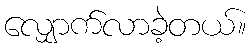
လျှောက်လာခဲ့တယ်။